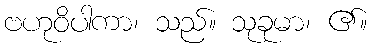
ဗဟုဝိပါကာ၊ သည်။ သုခုမာ၊ ၏။